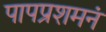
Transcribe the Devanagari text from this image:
पापप्रशमनं